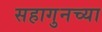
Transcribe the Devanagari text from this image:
सहागुनच्या